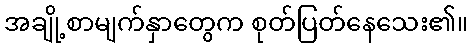
အချို့စာမျက်နှာတွေက စုတ်ပြတ်နေသေး၏။